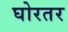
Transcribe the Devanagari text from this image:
घोरतर